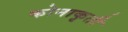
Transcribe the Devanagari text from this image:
कोनाकृती